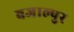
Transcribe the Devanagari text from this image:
बजाल्पुर